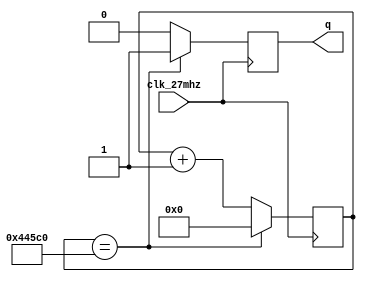
module clk_60hz (input clk_27mhz, output reg q);

reg [18:0] counter=19'b0000000000000000000;
	always @ (posedge clk_27mhz) begin
		counter <= counter + 1;
		
		if (counter == 280000) begin
			q <= 1;
			counter <=0;
		end
		else q <= 0;
		
	end
		
endmodule